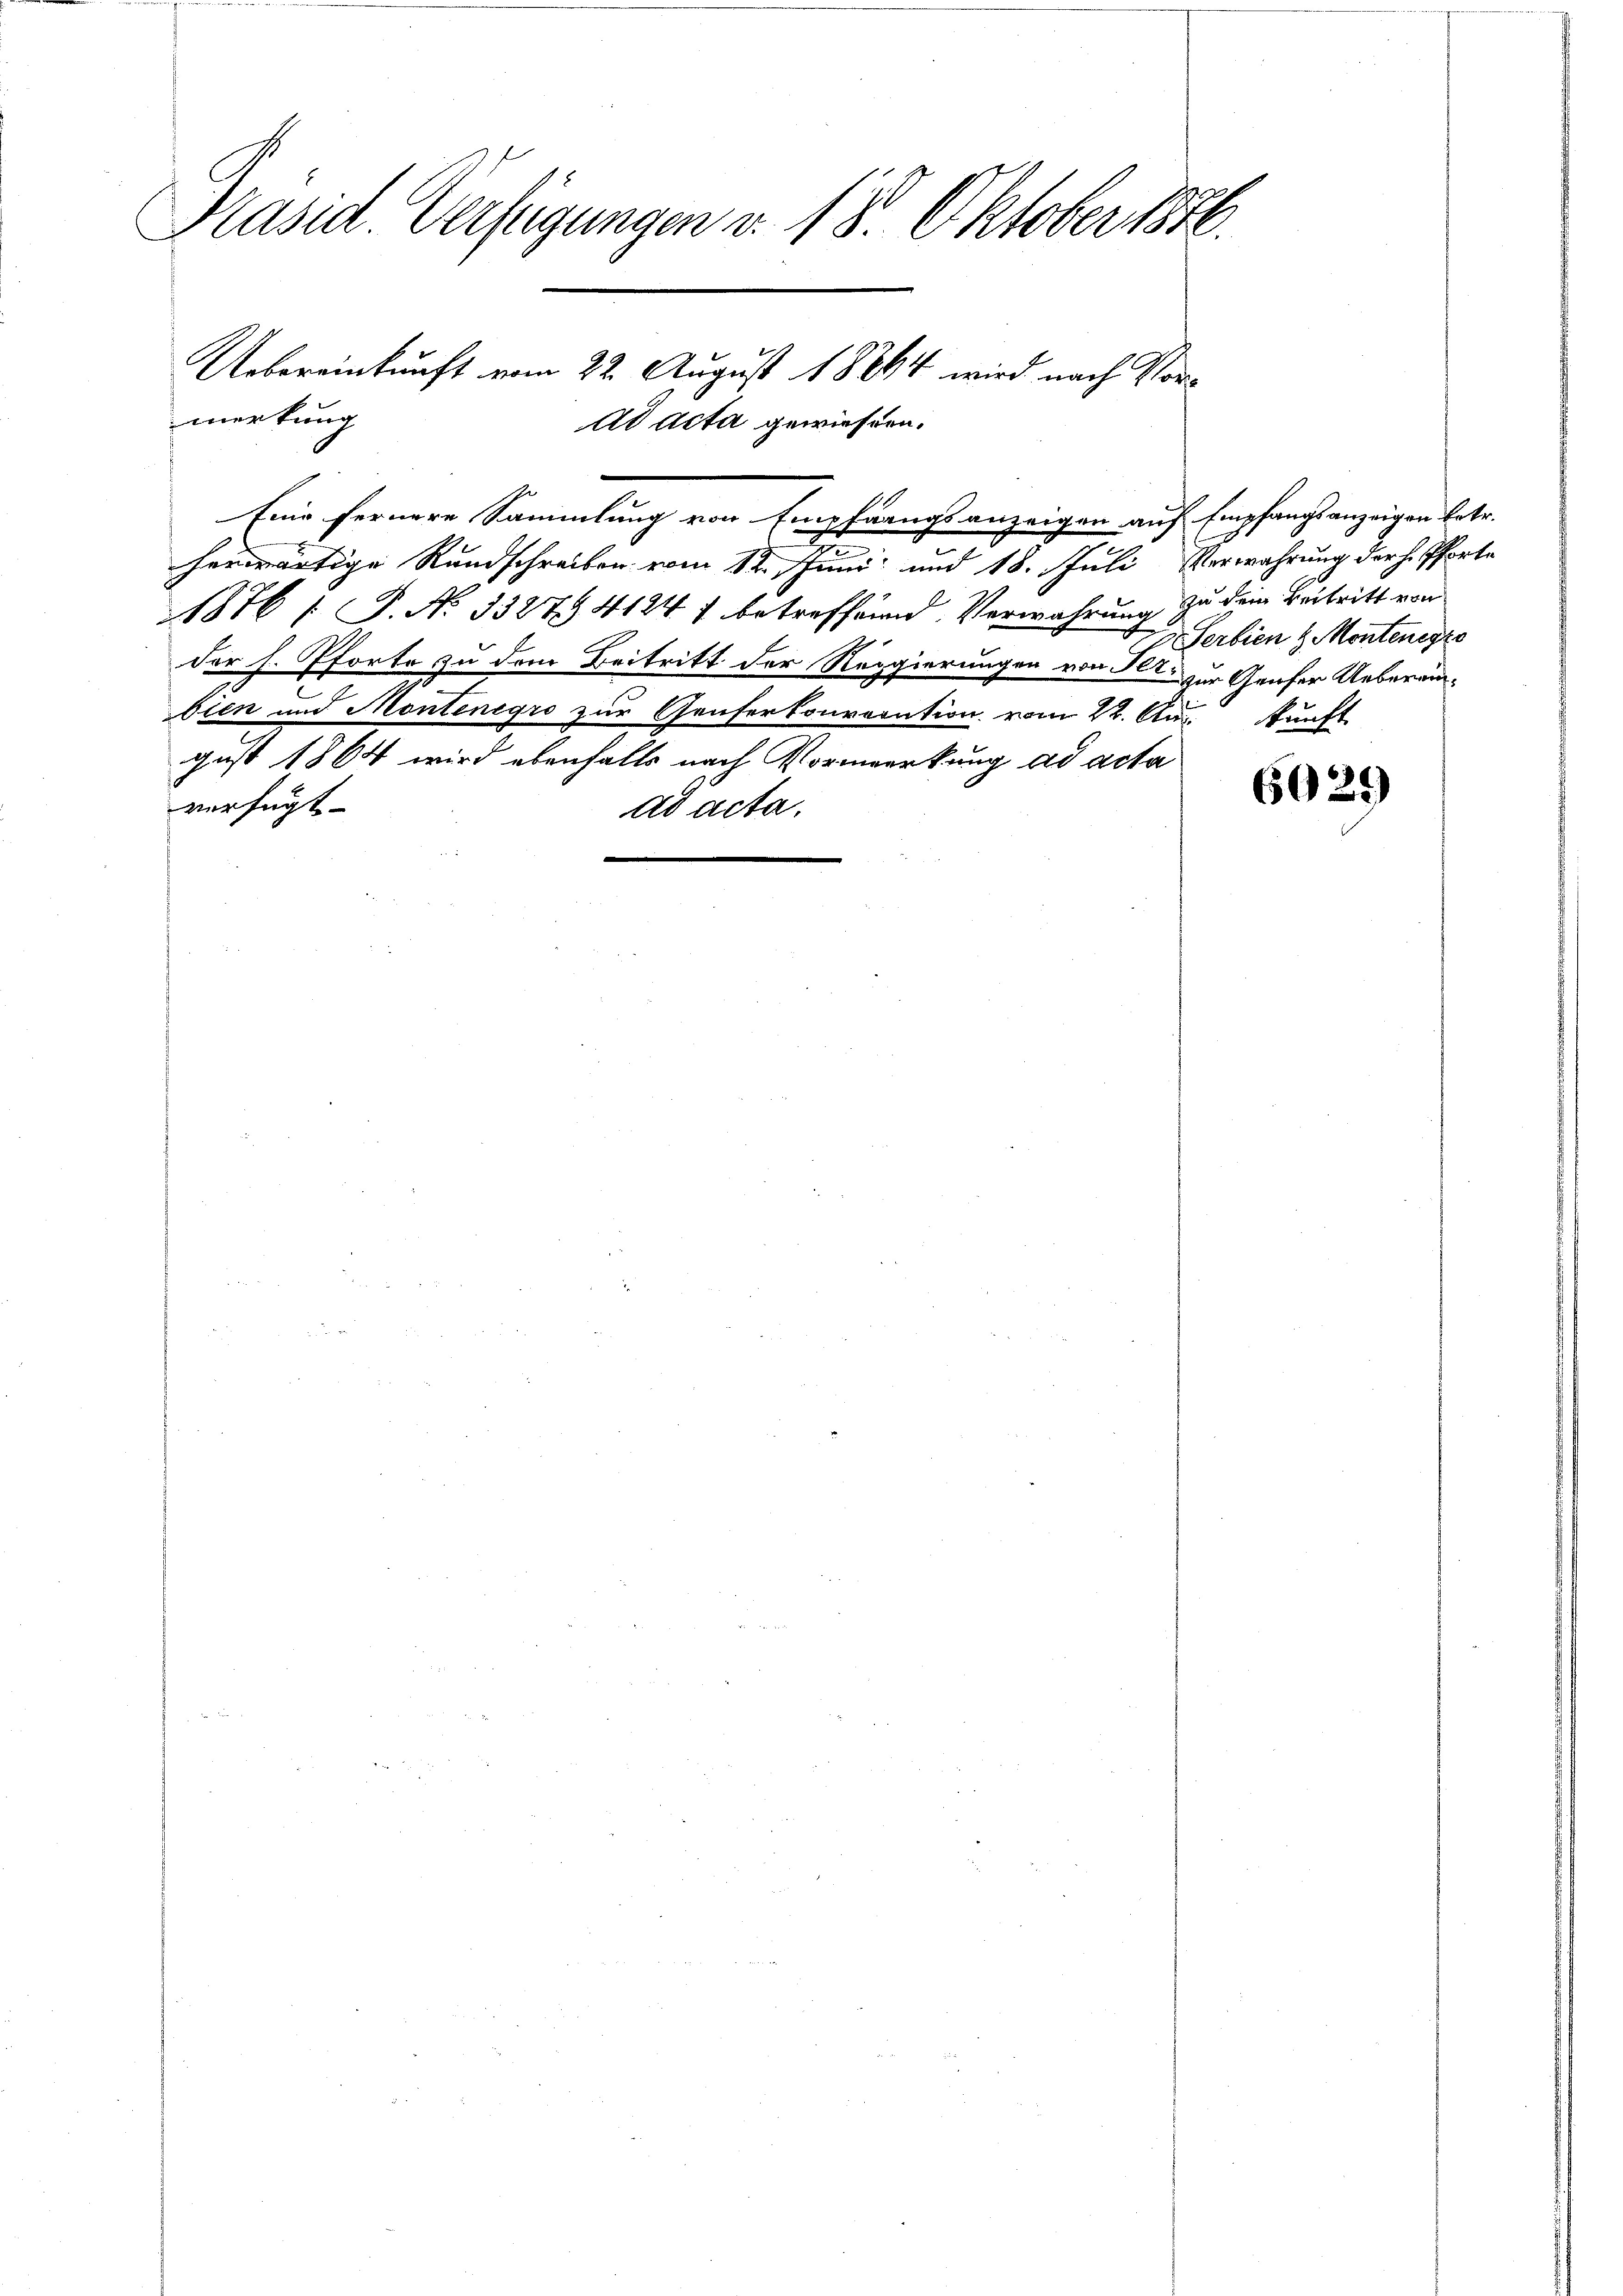
Präsid. Verfügungen v. 18. Oktober 1876.
Uebereinkunft vom 22. August 18844 wird nach Vormerkung
ad acta gewiesern.

Eine fernere Sammlung von Empfangsanzeigen auf Empfangsanzeigen betr.
herwärtige Rundschreiben vom 12. Juni und 18. Juli, Verwahrung der H. Pforte
1876 [ P. No 1387. 4124 f betreffend Verwahrung zu dem Beitritt von
der h. Pforte zu dem Beitritt der Reggierungen von der zur Genfer Ueberämg
bien und Montenegro zur Genferkonvocation vom 22. Aug. unft.
gust 1864 wird ebenfalls nach Vormerkung ad acta
verfügt
ad acta.

Serbien 8 Montenegze

6029